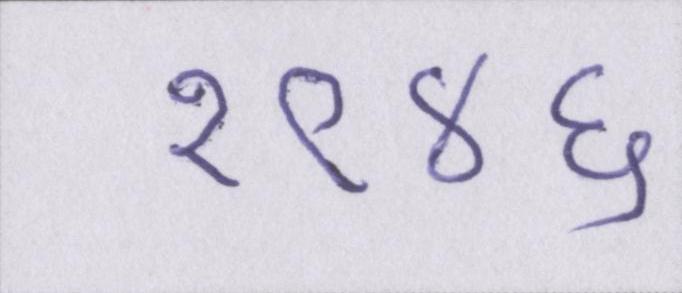
१९४६